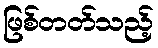
ဖြစ်တတ်သည့်